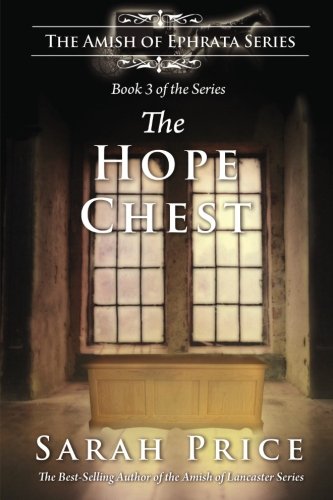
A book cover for The Hope Chest: The Amish of Ephrata: An Amish Novella on Morality; Sarah Price; Christian Books & Bibles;